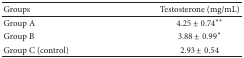
| Groups | Testosterone (mg/mL) |
 | --- | --- |
 | Group A | 4.25 ± 0.74∗∗ |
 | Group B | 3.88 ± 0.99∗ |
 | Group C (control) | 2.93 ± 0.54 |